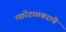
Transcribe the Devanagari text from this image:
त्यारेंदाळकरांचे